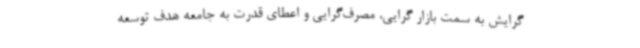
گرایش به سمت بازار گرایی، مصرف‌گرایی و اعطای قدرت به جامعه هدف توسعه